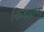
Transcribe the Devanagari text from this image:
किडय़ांना